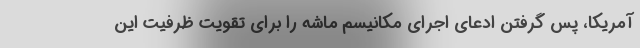
آمریکا، پس گرفتن ادعای اجرای مکانیسم ماشه را برای تقویت ظرفیت این